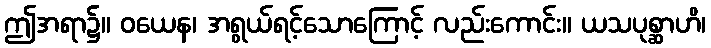
ဤအရာ၌။ ဝယေန၊ အရွယ်ရင့်သောကြောင့် လည်းကောင်း။ ယသပုစ္ဆာဟိ၊